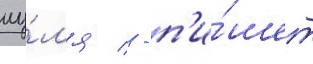
иу́л'я / - п'и́шет